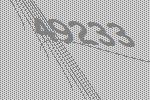
49233